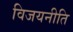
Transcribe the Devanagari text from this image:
विजयनीति